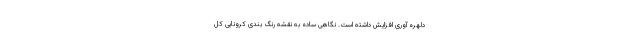
دلهره آوری افزایش داشته است. نگاهی ساده به نقشه رنگ بندی کرونایی کل